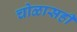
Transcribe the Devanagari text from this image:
चोळासही